Vaccination in Bombay 1856-1862 - 1856-1862
Year: 1856
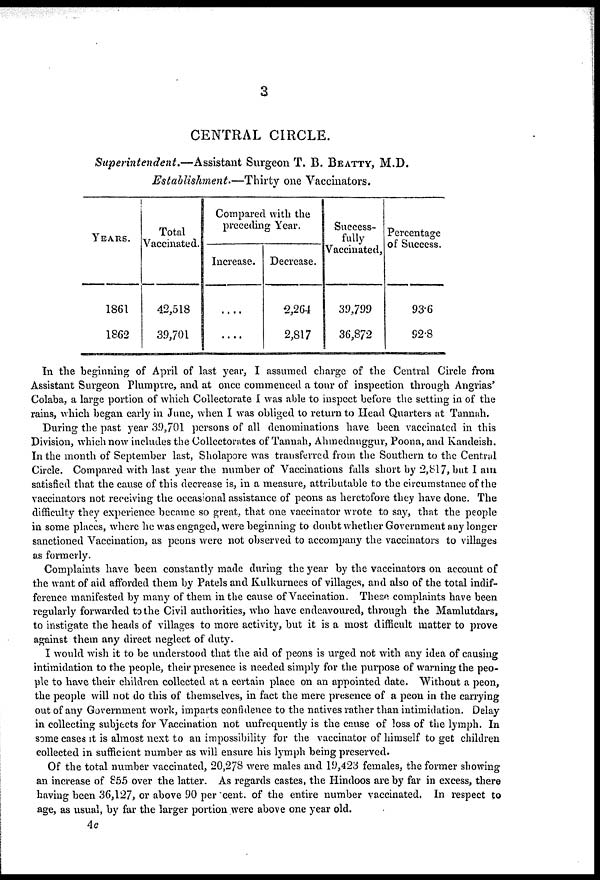
3
CENTRAL CIRCLE.
Superintendent.—Assistant
Surgeon T. B. BEATTY, M.D.
Establishment.—Thirty
one Vaccinators.
YEARS.
1861
1862
Total
Vaccinated.
42,518
39,701
Compared with the
preceding Year.
Increase.
....
....
Decrease.
2,264
2,817
Success¬
fully
Vaccinated,
39,799
36,872
Percentage
of Success.
93.6
92.8
In the beginning of April of last year, I assumed charge of the Central Circle from
Assistant Surgeon Plumptre, and at once commenced a tour of inspection through Angrias'
Colaba, a large portion of which Collectorate I was able to inspect before the setting in of the
rains, which began early in June, when I was obliged to return to Head Quarters at Tannah.
During the past year 39,701 persons of all denominations have been vaccinated in this
Division, which now includes the Collectorates of Tannah, Ahmednuggur, Poona, and Kandeish.
In the month of September last, Sholapore was transferred from the Southern to the Central
Circle. Compared with last year the number of Vaccinations falls short by 2,817, but I am
satisfied that the cause of this decrease is, in a measure, attributable to the circumstance of the
vaccinators not receiving the occasional assistance of peons as heretofore they have done. The
difficulty they experience became so great, that one vaccinator wrote to say, that the people
in some places, where he was engaged, were beginning to doubt whether Government any longer
sanctioned Vaccination, as peons were not observed to accompany the vaccinators to villages
as formerly.
Complaints have been constantly made during the year by the vaccinators on account of
the want of aid afforded them by Patels and Kulkurnees of villages, and also of the total indif-
ference manifested by many of them in the cause of Vaccination. These complaints have been
regularly forwarded to the Civil authorities, who have endeavoured, through the Mamlutdars,
to instigate the heads of villages to more activity, but it is a most difficult matter to prove
against them any direct neglect of duty.
I would wish it to be understood that the aid of peons is urged not with any idea of causing
intimidation to the people, their presence is needed simply for the purpose of warning the peo-
ple to have their children collected at a certain place on an appointed date. Without a peon,
the people will not do this of themselves, in fact the mere presence of a peon in the carrying
out of any Government work, imparts confidence to the natives rather than intimidation. Delay
in collecting subjects for Vaccination not unfrequently is the cause of loss of the lymph. In
some cases it is almost next to an impossibility for the vaccinator of himself to get children
collected in sufficient number as will ensure his lymph being preserved.
Of the total number vaccinated, 20,278 were males and 19,423 females, the former showing
an increase of 855 over the latter. As regards castes, the Hindoos are by far in excess, there
having been 36,127, or above 90 per cent. of the entire number vaccinated. In respect to
age, as usual, by far the larger portion were above one year old.
4c